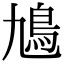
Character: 𩾛